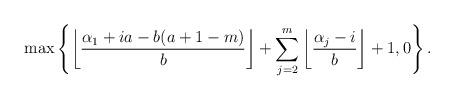
LaTeX: \begin{align*} \max\left\{\left\lfloor\frac{\alpha_1+ia-b(a+1-m)}{b}\right\rfloor+\sum_{j=2}^m \left\lfloor\frac{\alpha_j-i}{b} \right\rfloor+1,0\right\}.\end{align*}